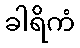
ခါရိကံ